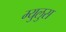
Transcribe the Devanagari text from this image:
म्युलुस